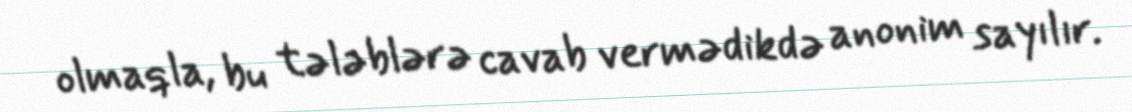
olmaqla, bu tələblərə cavab vermədikdə anonim sayılır.